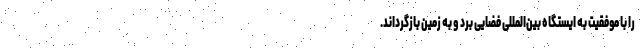
را با موفقیت به ایستگاه بین‌المللی فضایی برد و به زمین بازگرداند.